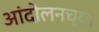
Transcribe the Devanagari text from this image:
आंदोलनच्या